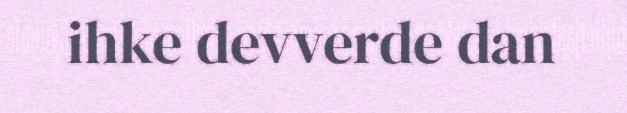
ihke devverde dan